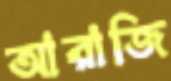
আরাজি